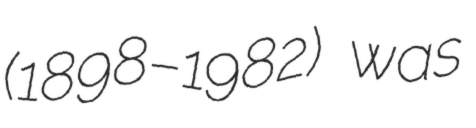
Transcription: (1898–1982) was